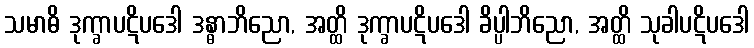
သမာဓိ ဒုက္ခာပဋိပဒေါ ဒန္ဓာဘိညော, အတ္ထိ ဒုက္ခာပဋိပဒေါ ခိပ္ပါဘိညော, အတ္ထိ သုခါပဋိပဒေါ